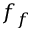
f _ { f }